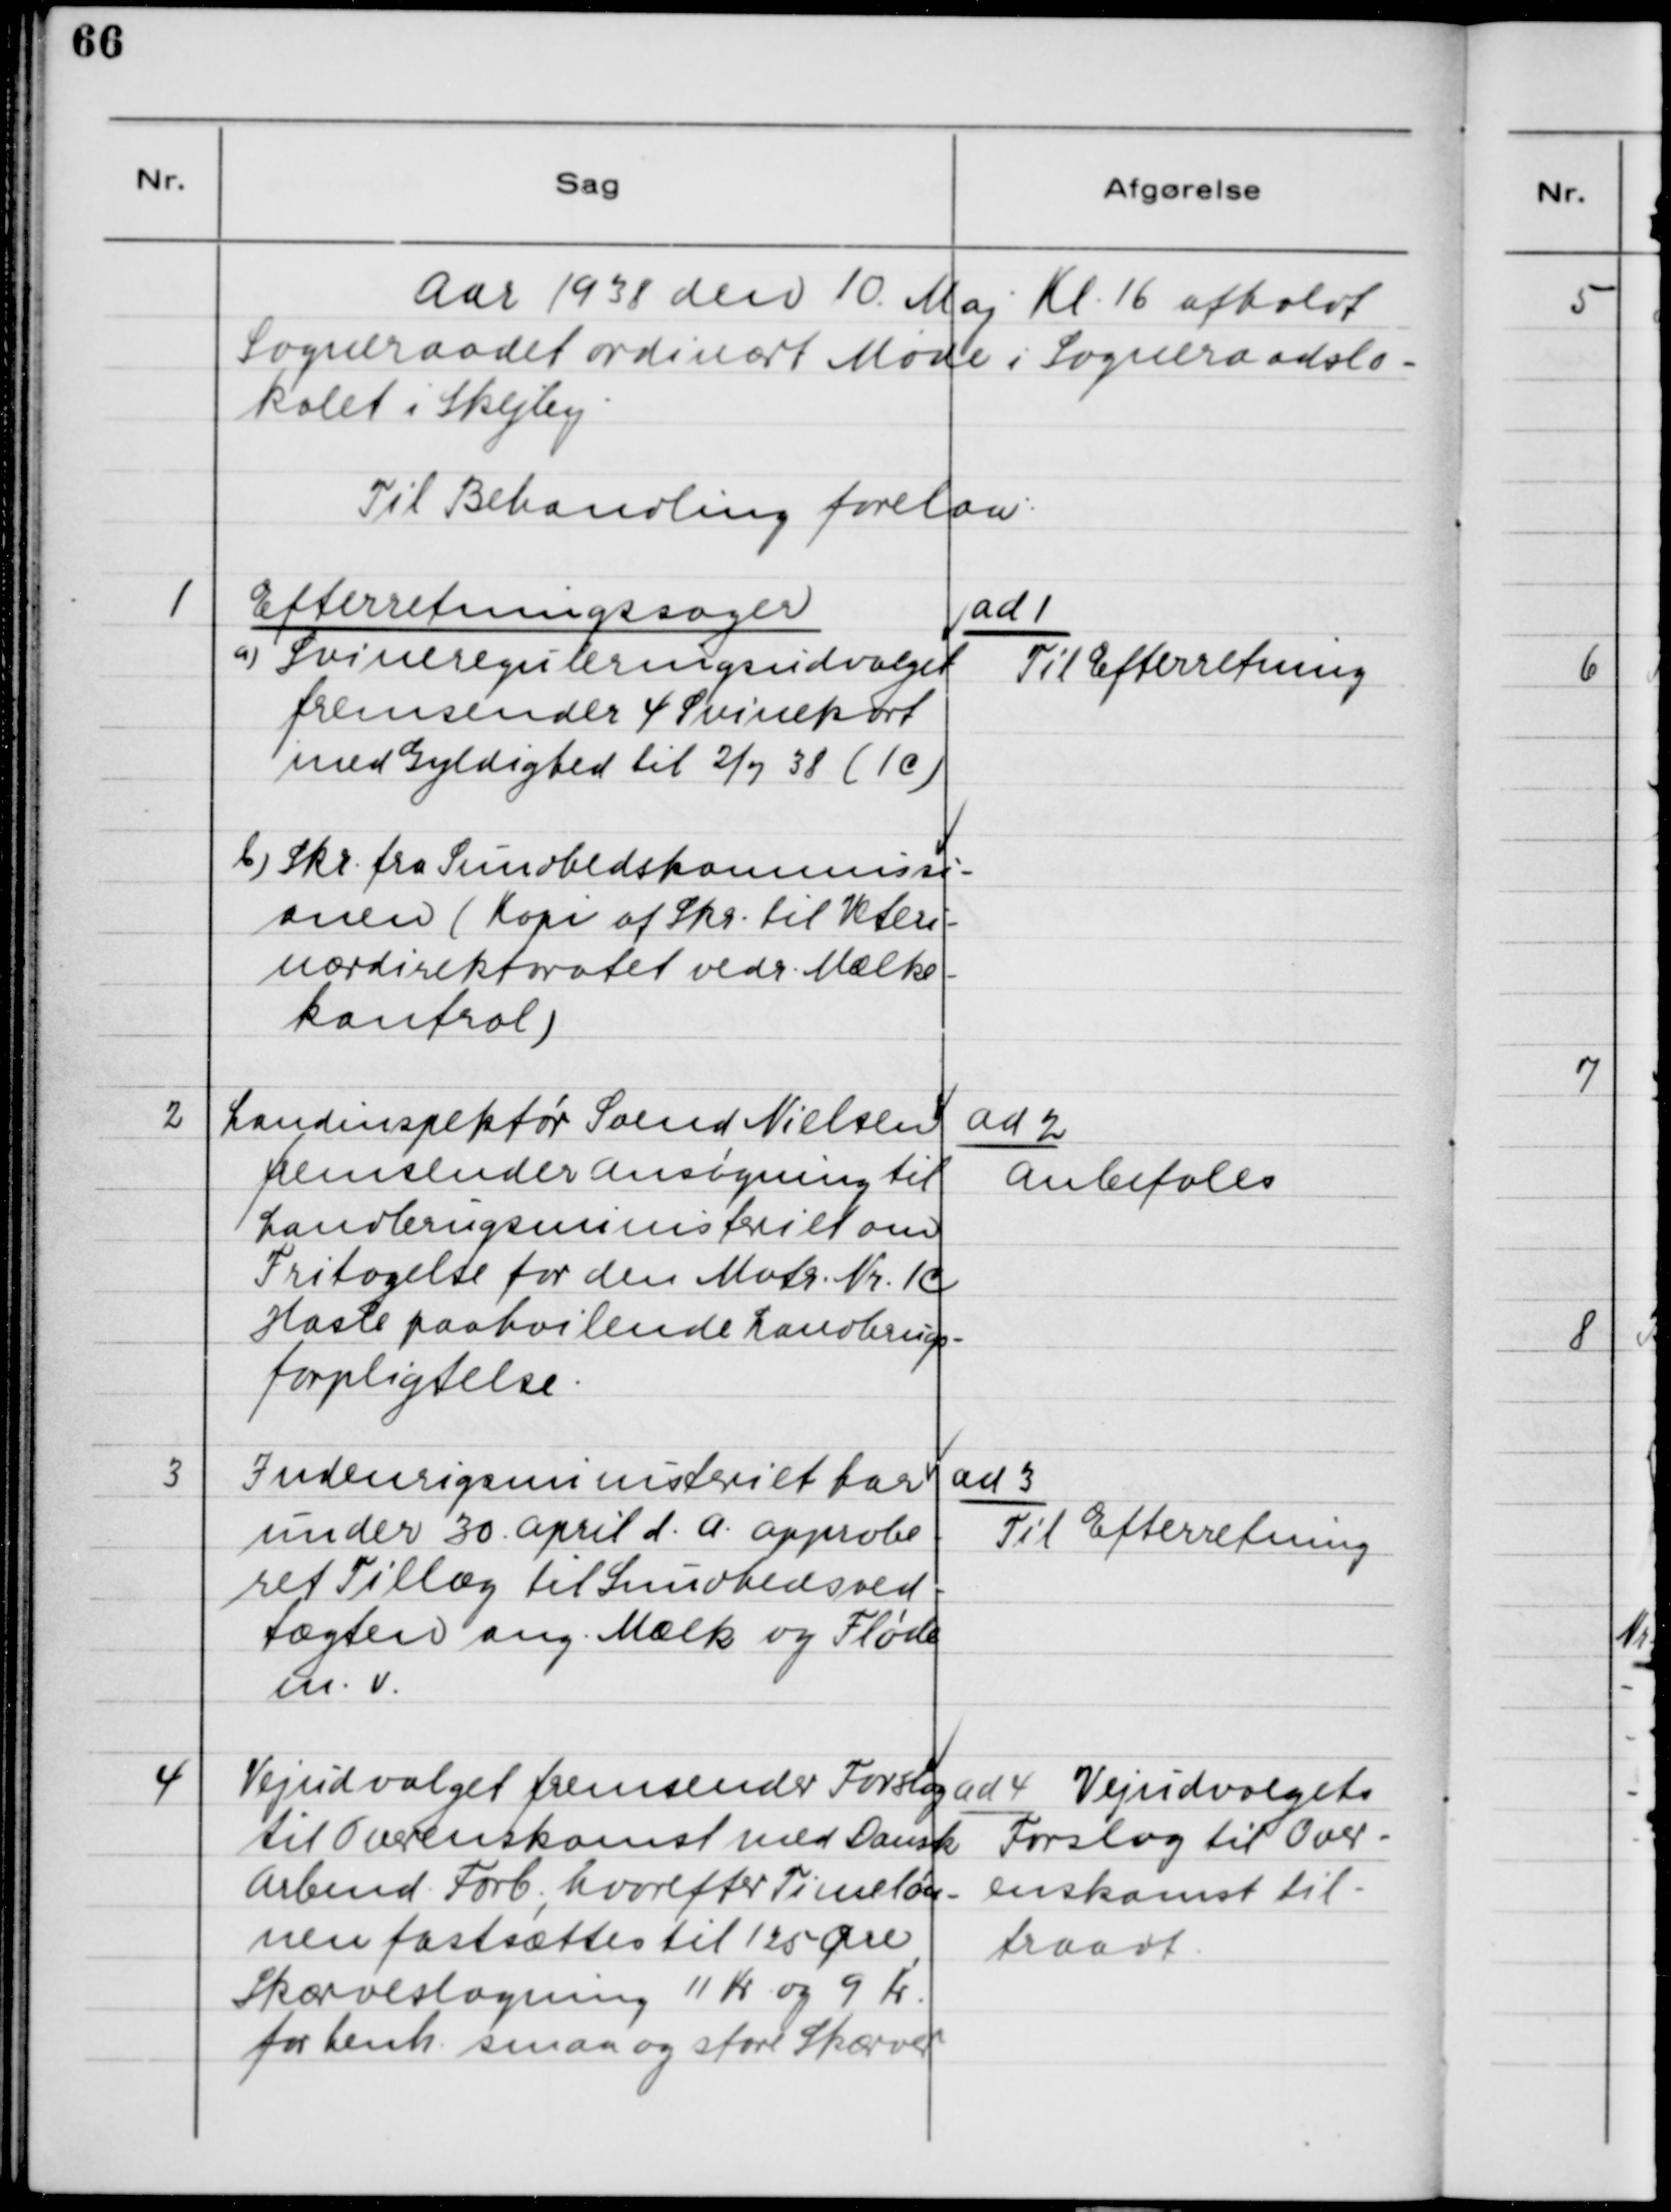
Transskription:
Aar 1938 den 10. Maj Kl. 16 afholdt
Sogneraadet ordinært Møde i Sogneraadslo-
kalet i Skejby.
Til Behandling forelaa:

1. Efterretningssager.
a) Svinereguleringsudvalget
fremsender 4 Svinekort
med Gyldighed til 2/7 38 (1C)
b) Skr. fra Sundhedskommissi-
onen (Kopi af Skr. til Veteri-
nærdirektoratet vedr. Mælke-
kontrol)

ad 1
Til Efterretning.

2. Landinspektør Svend Nielsen
fremsender Ansøgning til
Landbrugsministeriet om
Fritagelse for den Matr. Nr. 1C
Hasle Paahvilende Landbrugs-
forpligtigelse.

ad 2.
Anbefales.

3. Indenrigsministeriet har
under 30. April d. A. Approbe-
ret Tillæg til Sundhedsved-
tægten ang. Mælk og Fløde
m.v.

ad 3.
Til Efterretning.

4. Vejudvalget fremsender Forslag
til Overenskomst med Dansk
Arbmd. Forb., hvorefter Timeløn-
nen fastsættes til 125 Øre,
Skærveslagning 11 Kr. og 9 Kr.
for henh. smaa og store Skærver

ad 4. Vejudvalgets
Forslag til Over-
enskomst til-
traadt.